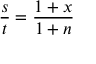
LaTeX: { \frac { s } { t } } = { \frac { 1 + x } { 1 + n } }